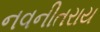
નવનીતરાય